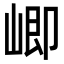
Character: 𭖻